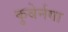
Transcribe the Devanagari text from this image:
कुबेर्नगा